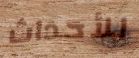
للأحداث